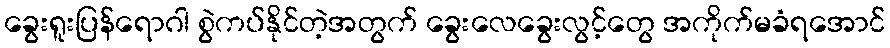
ခွေးရူးပြန်ရောဂါ စွဲကပ်နိုင်တဲ့အတွက် ခွေးလေခွေးလွင့်တွေ အကိုက်မခံရအောင်